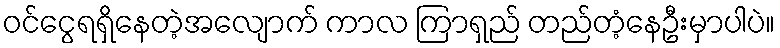
ဝင်ငွေရရှိနေတဲ့အလျောက် ကာလ ကြာရှည် တည်တံ့နေဦးမှာပါပဲ။